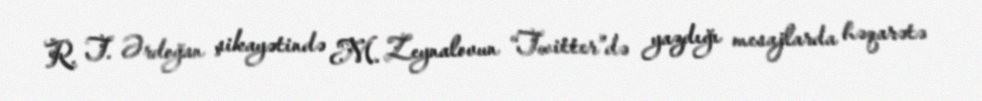
R. T. Ərdoğan şikayətində M. Zeynalovun “Twitter”də yazdığı mesajlarda həqarətə